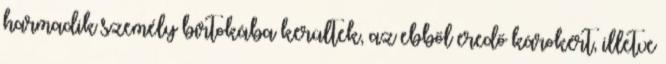
harmadik személy birtokába kerültek, az ebből eredő károkért, illetve